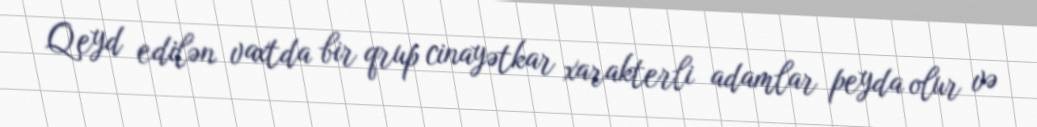
Qeyd edilən vaxtda bir qrup cinayətkar xarakterli adamlar peyda olur və